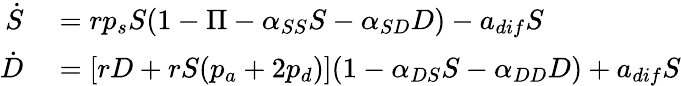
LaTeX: \begin{array}{rl}{\dot{S}}&{{}=rp_{s}S(1-\Pi-\alpha_{SS}S-\alpha_{SD}D)-a_{dif}S}\\ {\dot{D}}&{{}=[rD+rS(p_{a}+2p_{d})](1-\alpha_{DS}S-\alpha_{DD}D)+a_{dif}S}\end{array}